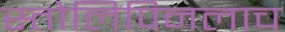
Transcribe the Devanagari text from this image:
स्तोलिपिनलाच